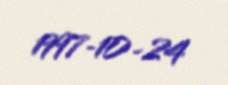
1997-10-24